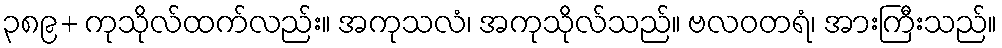
၃၈၉+ ကုသိုလ်ထက်လည်း။ အကုသလံ၊ အကုသိုလ်သည်။ ဗလဝတရံ၊ အားကြီးသည်။